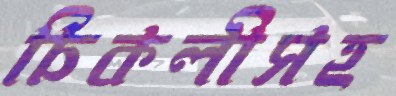
চিকলীসহ